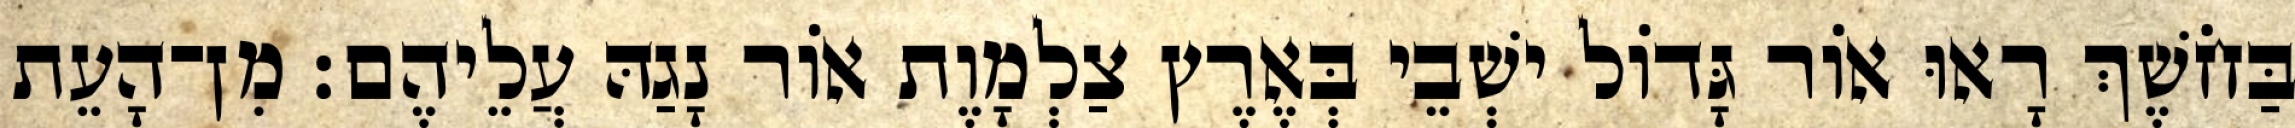
בַּחֹשֶׁךְ רָאוּ אוֹר גָּדוֹל ישְׁבֵי בְּאֶרֶץ צַלְמָוֶת אוֹר נָגַהּ עֲלֵיהֶם׃ מִן־הָעֵת